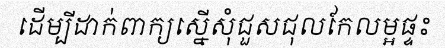
ដើម្បីដាក់ពាក្យស្នើសុំជួសជុលកែលម្អផ្ទះ